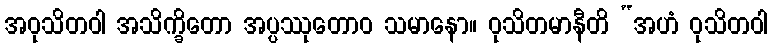
အဝုသိတဝါ အသိက္ခိတော အပ္ပဿုတောဝ သမာနော။ ဝုသိတမာနီတိ “အဟံ ဝုသိတဝါ